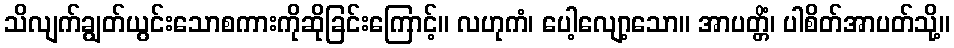
သိလျက်ချွတ်ယွင်းသောစကားကိုဆိုခြင်းကြောင့်။ လဟုကံ၊ ပေါ့လျော့သော။ အာပတ္တိံ၊ ပါစိတ်အာပတ်သို့။